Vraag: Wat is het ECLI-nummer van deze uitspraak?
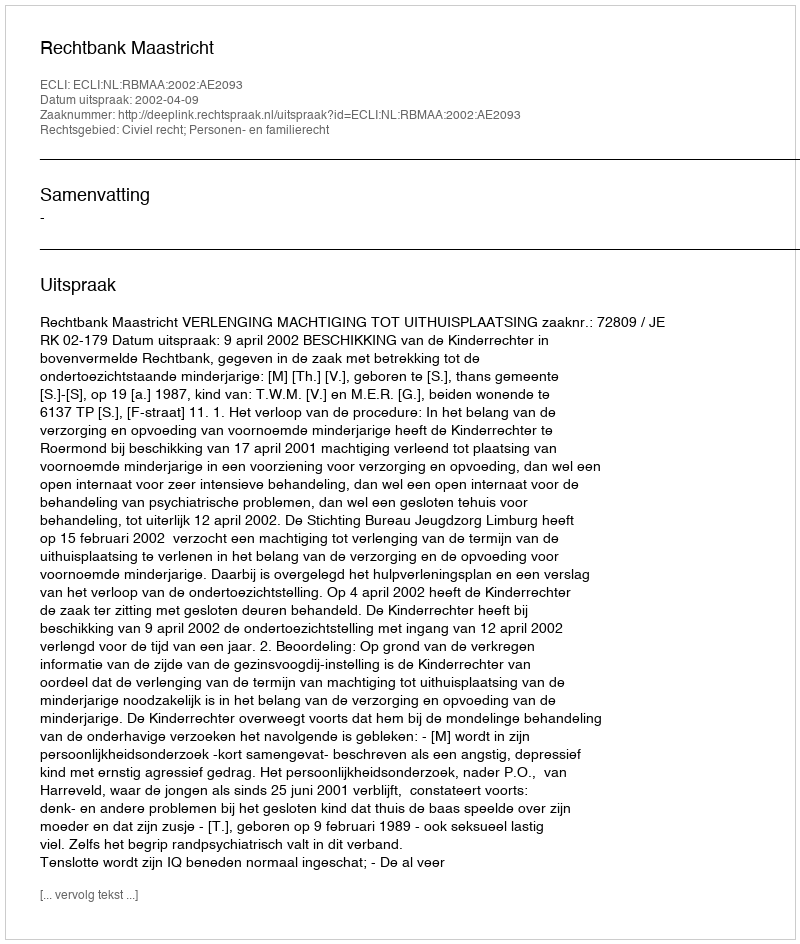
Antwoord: ECLI:NL:RBMAA:2002:AE2093